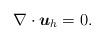
LaTeX: \begin{align*}\nabla \cdot \boldsymbol{u}_h = 0.\end{align*}